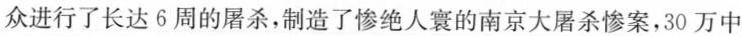
众进行了长达6周的屠杀，制造了惨绝人寰的南京大屠杀惨案，30万中